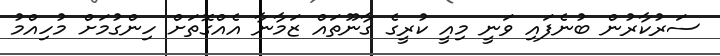
ސަރުކާރުން ބުނެފައި ވަނީ މިއީ ކުރީގެ ގާނޫތައް ޒަމާނާ އެއްގޮތަށް ހިންގުމަށް މުހިއްމު